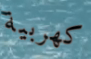
كهربية